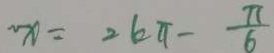
x = 2 k \pi - \frac { \pi } { 6 }